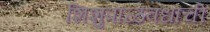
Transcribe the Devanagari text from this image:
शिशुपाळवधाची